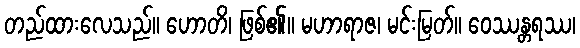
တည်ထားလေသည်။ ဟောတိ၊ ဖြစ်၏။ မဟာရာဇ၊ မင်းမြတ်။ ဝေဿန္တရဿ၊